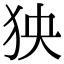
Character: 㹧